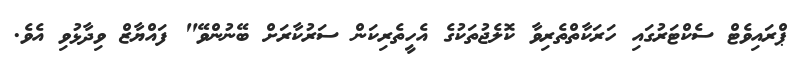
ޕްރައިވެޓް ސެކްޓަރުގައި ހަރަކާތްތެރިވާ ކޮލެޖުތަކުގެ އެހީތެރިކަން ސަރުކާރަށް ބޭނުންވޭ" ފައްޔާޒް ވިދާޅުވި އެވެ.